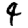
Digit: 4